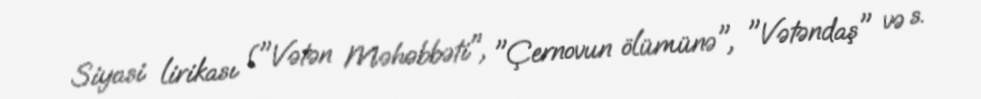
Siyasi lirikası ("Vətən Məhəbbəti", "Çernovun ölümünə", "Vətəndaş" və s.